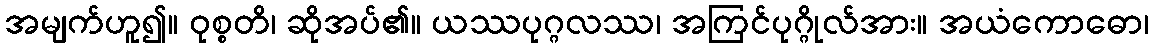
အမျက်ဟူ၍။ ဝုစ္စတိ၊ ဆိုအပ်၏။ ယဿပုဂ္ဂလဿ၊ အကြင်ပုဂ္ဂိုလ်အား။ အယံကောဓော၊